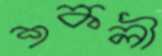
শকলী